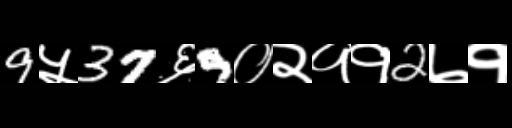
Text: 9५37६9०२११2७१